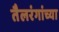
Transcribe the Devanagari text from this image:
तैलरंगांच्या